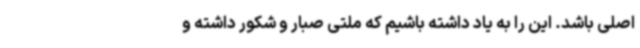
اصلی باشد. این را به یاد داشته باشیم که ملتی صبار و شکور داشته و